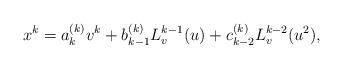
LaTeX: \begin{align*} x^k=a_k^{(k)} v^k+b_{k-1}^{(k)}L_v^{k-1}(u)+c_{k-2}^{(k)} L_v^{k-2}(u^2),\end{align*}